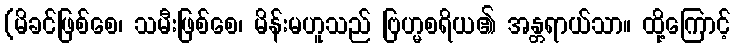
(မိခင်ဖြစ်စေ၊ သမီးဖြစ်စေ၊ မိန်းမဟူသည် ဗြဟ္မစရိယ၏ အန္တရာယ်သာ။ ထို့ကြောင့်